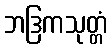
ဘဒြကသုတ္တံ